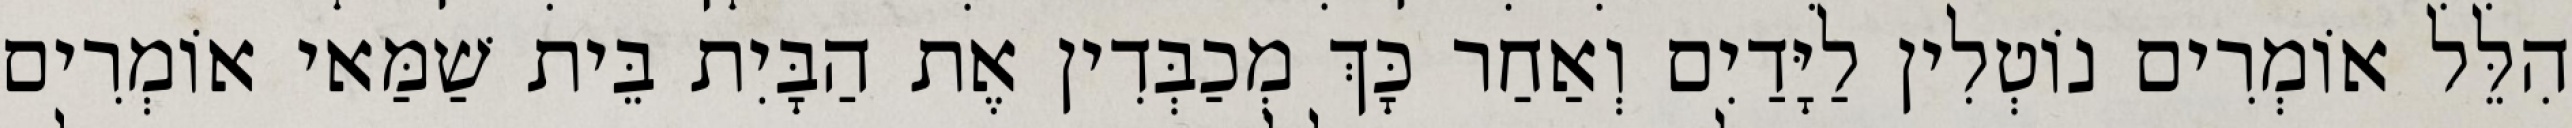
הִלֵּל אוֹמְרִים נוֹטְלִין לַיָּדַיִם וְאַחַר כָּךְ מְכַבְּדִין אֶת הַבָּיִת בֵּית שַׁמַּאי אוֹמְרִים